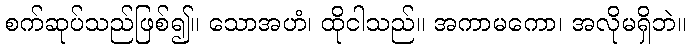
စက်ဆုပ်သည်ဖြစ်၍။ သောအဟံ၊ ထိုငါသည်။ အကာမကော၊ အလိုမရှိဘဲ။